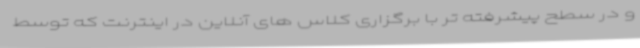
و در سطح پیشرفته تر با برگزاری کلاس های آنلاین در اینترنت که توسط